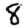
Digit: 8